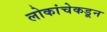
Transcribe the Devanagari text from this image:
लोकांचेकडून